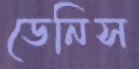
ডেনিস